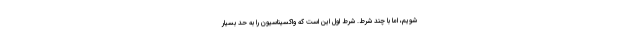
شویم، اما با چند شرط. شرط اول این است که واکسیناسیون را به حد بسیار